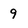
Character: 9